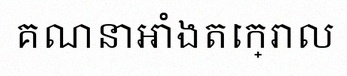
គណនាអាំងតេក្រាល